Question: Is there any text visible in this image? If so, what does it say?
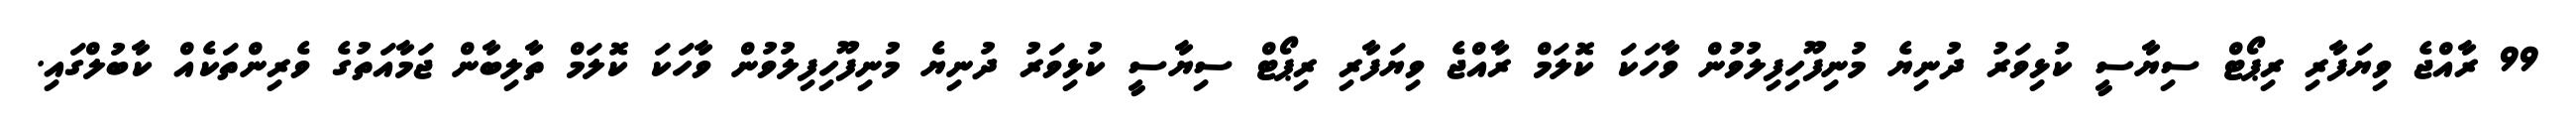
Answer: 99 ރާއްޖެ ވިޔަފާރި ރިޕޯޓް ސިޔާސީ ކުޅިވަރު ދުނިޔެ މުނިފޫހިފިލުވުން ވާހަކަ ކޮލަމް ރާއްޖެ ވިޔަފާރި ރިޕޯޓް ސިޔާސީ ކުޅިވަރު ދުނިޔެ މުނިފޫހިފިލުވުން ވާހަކަ ކޮލަމް ތާލިބާން ޖަމާއަތުގެ ވެރިންތަކެއް ކާބުލްގައި.